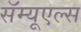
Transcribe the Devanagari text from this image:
सॅम्यूएल्स